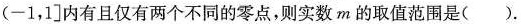
(-1，1]内有且仅有两个不同的零点，则实数m的取值范围是()。